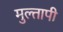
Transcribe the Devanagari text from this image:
मुल्तापी